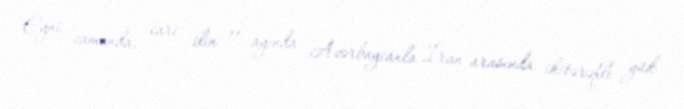
Eyni zamanda, cari ilin 11 ayında Azərbaycanla İran arasında ikitərəfli yük